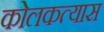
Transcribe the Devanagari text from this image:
कोलकत्यास